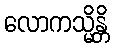
လောကသ္မိန္တိ